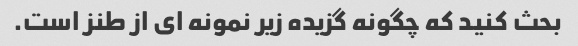
بحث کنید که چگونه گزیده زیر نمونه ای از طنز است.